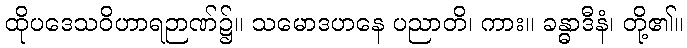
ထိုပဒေသဝိဟာရဉာဏ်၌။ သမောဒဟနေ ပညာတိ၊ ကား။ ခန္ဓာဒီနံ၊ တို့၏။